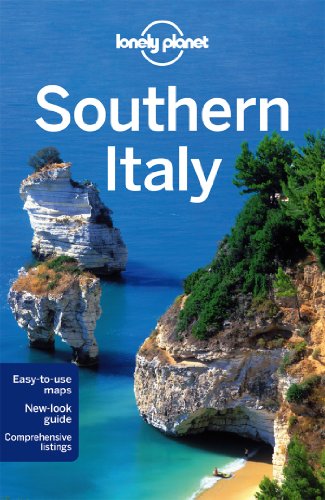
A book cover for Lonely Planet Southern Italy (Travel Guide); Lonely Planet; Travel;